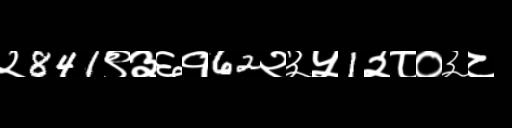
Text: २841९३६१62२३५1२८०३८